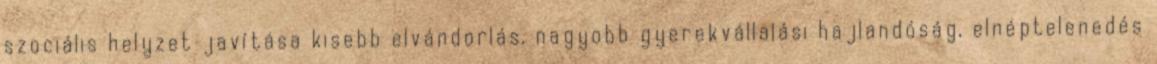
szociális helyzet javítása kisebb elvándorlás, nagyobb gyerekvállalási hajlandóság, elnéptelenedés